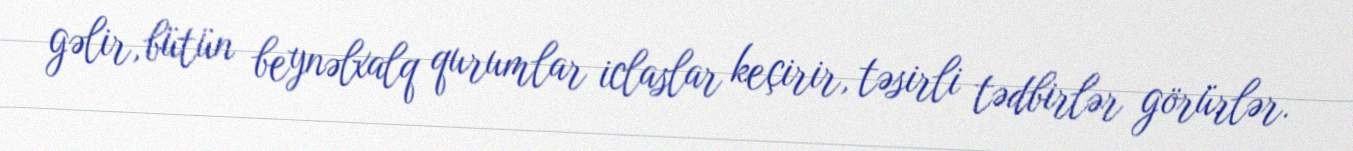
gəlir, bütün beynəlxalq qurumlar iclaslar keçirir, təsirli tədbirlər görürlər.